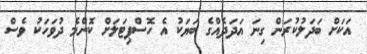
އަކަށް ބަދަލުކުރަން ގިނަ އަދަދެއްގެ ބަޔަކު އެ ހޮސްޕިޓަލަށް ކޮންމެ ދުވަހަކު ވެސް